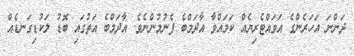
ދަންނަ އަހަރެންގެ އަވައްޓެރިޔެއް ކަމައްވާ އާދަމްބެ ފެނުމުންނެވެ. އާދަމްބެ އަތުގައި ބޮޑު ލަކުޑިގަނޑެއް